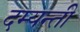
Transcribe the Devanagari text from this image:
दम्यन्ती